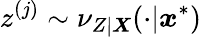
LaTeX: z^{(j)}\sim\nu_{Z|\boldsymbol{X}}(\cdot|\boldsymbol{x}^{*})